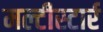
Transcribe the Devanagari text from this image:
मल्टीस्टार्र